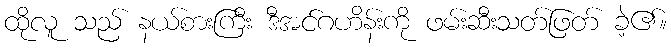
ထိုလူ သည် နယ်စားကြီး ဒီအင်ဂဟိန်းကို ဖမ်းဆီးသတ်ဖြတ် ခဲ့၏။